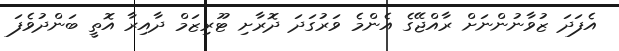
އެފަދަ ޒުވާނުންނަށް ރާއްޖޭގެ އެންމެ ވަރުގަދަ ދޮރާށި ޓޫރިޒަމް ދާއިރާ އޮތީ ބަންދުވެފަ